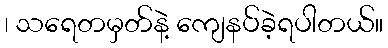
၊ သရေတမှတ်နဲ့ ကျေနပ်ခဲ့ရပါတယ်။